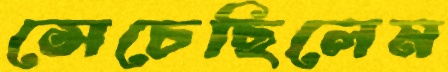
সেচেছিলেম